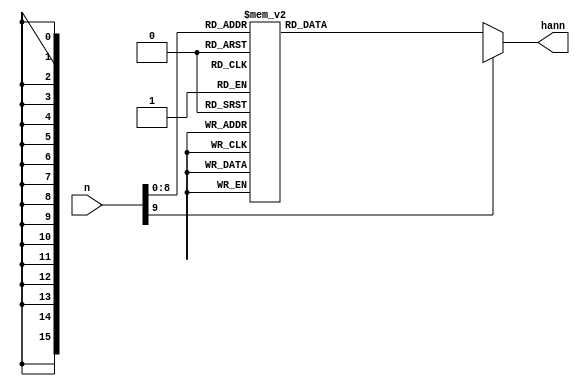
module HANN_LUT(n, hann);
	input [9:0] n;
		
	output reg [15:0] hann;
	
	always @ (n)
	begin
		//$display("LUT address=%d", n);
		case(n)
			10'd0  : hann = {16'd0       }; //i=0  n=1024 hann=    2.298488e-01
			10'd1  : hann = {16'd0       }; //i=1  n=1024 hann=    2.272723e-01
			10'd2  : hann = {16'd1       }; //i=2  n=1024 hann=    2.247061e-01
			10'd3  : hann = {16'd3       }; //i=3  n=1024 hann=    2.221503e-01
			10'd4  : hann = {16'd5       }; //i=4  n=1024 hann=    2.196048e-01
			10'd5  : hann = {16'd8       }; //i=5  n=1024 hann=    2.170700e-01
			10'd6  : hann = {16'd11      }; //i=6  n=1024 hann=    2.145458e-01
			10'd7  : hann = {16'd15      }; //i=7  n=1024 hann=    2.120324e-01
			10'd8  : hann = {16'd20      }; //i=8  n=1024 hann=    2.095297e-01
			10'd9  : hann = {16'd25      }; //i=9  n=1024 hann=    2.070381e-01
			10'd10 : hann = {16'd31      }; //i=10 n=1024 hann=    2.045574e-01
			10'd11 : hann = {16'd37      }; //i=11 n=1024 hann=    2.020879e-01
			10'd12 : hann = {16'd44      }; //i=12 n=1024 hann=    1.996296e-01
			10'd13 : hann = {16'd52      }; //i=13 n=1024 hann=    1.971826e-01
			10'd14 : hann = {16'd61      }; //i=14 n=1024 hann=    1.947470e-01
			10'd15 : hann = {16'd69      }; //i=15 n=1024 hann=    1.923229e-01
			10'd16 : hann = {16'd79      }; //i=16 n=1024 hann=    1.899104e-01
			10'd17 : hann = {16'd89      }; //i=17 n=1024 hann=    1.875096e-01
			10'd18 : hann = {16'd100     }; //i=18 n=1024 hann=    1.851205e-01
			10'd19 : hann = {16'd111     }; //i=19 n=1024 hann=    1.827433e-01
			10'd20 : hann = {16'd123     }; //i=20 n=1024 hann=    1.803780e-01
			10'd21 : hann = {16'd136     }; //i=21 n=1024 hann=    1.780248e-01
			10'd22 : hann = {16'd149     }; //i=22 n=1024 hann=    1.756836e-01
			10'd23 : hann = {16'd163     }; //i=23 n=1024 hann=    1.733547e-01
			10'd24 : hann = {16'd178     }; //i=24 n=1024 hann=    1.710381e-01
			10'd25 : hann = {16'd193     }; //i=25 n=1024 hann=    1.687339e-01
			10'd26 : hann = {16'd208     }; //i=26 n=1024 hann=    1.664421e-01
			10'd27 : hann = {16'd225     }; //i=27 n=1024 hann=    1.641629e-01
			10'd28 : hann = {16'd242     }; //i=28 n=1024 hann=    1.618964e-01
			10'd29 : hann = {16'd259     }; //i=29 n=1024 hann=    1.596426e-01
			10'd30 : hann = {16'd277     }; //i=30 n=1024 hann=    1.574015e-01
			10'd31 : hann = {16'd296     }; //i=31 n=1024 hann=    1.551734e-01
			10'd32 : hann = {16'd315     }; //i=32 n=1024 hann=    1.529583e-01
			10'd33 : hann = {16'd335     }; //i=33 n=1024 hann=    1.507562e-01
			10'd34 : hann = {16'd356     }; //i=34 n=1024 hann=    1.485673e-01
			10'd35 : hann = {16'd377     }; //i=35 n=1024 hann=    1.463916e-01
			10'd36 : hann = {16'd399     }; //i=36 n=1024 hann=    1.442293e-01
			10'd37 : hann = {16'd421     }; //i=37 n=1024 hann=    1.420803e-01
			10'd38 : hann = {16'd444     }; //i=38 n=1024 hann=    1.399448e-01
			10'd39 : hann = {16'd468     }; //i=39 n=1024 hann=    1.378229e-01
			10'd40 : hann = {16'd492     }; //i=40 n=1024 hann=    1.357146e-01
			10'd41 : hann = {16'd517     }; //i=41 n=1024 hann=    1.336200e-01
			10'd42 : hann = {16'd542     }; //i=42 n=1024 hann=    1.315392e-01
			10'd43 : hann = {16'd568     }; //i=43 n=1024 hann=    1.294722e-01
			10'd44 : hann = {16'd595     }; //i=44 n=1024 hann=    1.274193e-01
			10'd45 : hann = {16'd622     }; //i=45 n=1024 hann=    1.253803e-01
			10'd46 : hann = {16'd650     }; //i=46 n=1024 hann=    1.233555e-01
			10'd47 : hann = {16'd678     }; //i=47 n=1024 hann=    1.213448e-01
			10'd48 : hann = {16'd707     }; //i=48 n=1024 hann=    1.193484e-01
			10'd49 : hann = {16'd736     }; //i=49 n=1024 hann=    1.173663e-01
			10'd50 : hann = {16'd766     }; //i=50 n=1024 hann=    1.153987e-01
			10'd51 : hann = {16'd797     }; //i=51 n=1024 hann=    1.134455e-01
			10'd52 : hann = {16'd829     }; //i=52 n=1024 hann=    1.115068e-01
			10'd53 : hann = {16'd860     }; //i=53 n=1024 hann=    1.095828e-01
			10'd54 : hann = {16'd893     }; //i=54 n=1024 hann=    1.076735e-01
			10'd55 : hann = {16'd926     }; //i=55 n=1024 hann=    1.057790e-01
			10'd56 : hann = {16'd960     }; //i=56 n=1024 hann=    1.038993e-01
			10'd57 : hann = {16'd994     }; //i=57 n=1024 hann=    1.020345e-01
			10'd58 : hann = {16'd1029    }; //i=58 n=1024 hann=    1.001847e-01
			10'd59 : hann = {16'd1064    }; //i=59 n=1024 hann=    9.834993e-02
			10'd60 : hann = {16'd1100    }; //i=60 n=1024 hann=    9.653030e-02
			10'd61 : hann = {16'd1136    }; //i=61 n=1024 hann=    9.472587e-02
			10'd62 : hann = {16'd1174    }; //i=62 n=1024 hann=    9.293669e-02
			10'd63 : hann = {16'd1211    }; //i=63 n=1024 hann=    9.116284e-02
			10'd64 : hann = {16'd1250    }; //i=64 n=1024 hann=    8.940438e-02
			10'd65 : hann = {16'd1288    }; //i=65 n=1024 hann=    8.766138e-02
			10'd66 : hann = {16'd1328    }; //i=66 n=1024 hann=    8.593390e-02
			10'd67 : hann = {16'd1368    }; //i=67 n=1024 hann=    8.422201e-02
			10'd68 : hann = {16'd1408    }; //i=68 n=1024 hann=    8.252578e-02
			10'd69 : hann = {16'd1449    }; //i=69 n=1024 hann=    8.084526e-02
			10'd70 : hann = {16'd1491    }; //i=70 n=1024 hann=    7.918053e-02
			10'd71 : hann = {16'd1533    }; //i=71 n=1024 hann=    7.753163e-02
			10'd72 : hann = {16'd1576    }; //i=72 n=1024 hann=    7.589865e-02
			10'd73 : hann = {16'd1619    }; //i=73 n=1024 hann=    7.428163e-02
			10'd74 : hann = {16'd1663    }; //i=74 n=1024 hann=    7.268064e-02
			10'd75 : hann = {16'd1708    }; //i=75 n=1024 hann=    7.109574e-02
			10'd76 : hann = {16'd1753    }; //i=76 n=1024 hann=    6.952698e-02
			10'd77 : hann = {16'd1798    }; //i=77 n=1024 hann=    6.797443e-02
			10'd78 : hann = {16'd1844    }; //i=78 n=1024 hann=    6.643815e-02
			10'd79 : hann = {16'd1891    }; //i=79 n=1024 hann=    6.491819e-02
			10'd80 : hann = {16'd1938    }; //i=80 n=1024 hann=    6.341462e-02
			10'd81 : hann = {16'd1986    }; //i=81 n=1024 hann=    6.192747e-02
			10'd82 : hann = {16'd2034    }; //i=82 n=1024 hann=    6.045683e-02
			10'd83 : hann = {16'd2083    }; //i=83 n=1024 hann=    5.900273e-02
			10'd84 : hann = {16'd2133    }; //i=84 n=1024 hann=    5.756523e-02
			10'd85 : hann = {16'd2182    }; //i=85 n=1024 hann=    5.614439e-02
			10'd86 : hann = {16'd2233    }; //i=86 n=1024 hann=    5.474027e-02
			10'd87 : hann = {16'd2284    }; //i=87 n=1024 hann=    5.335290e-02
			10'd88 : hann = {16'd2335    }; //i=88 n=1024 hann=    5.198236e-02
			10'd89 : hann = {16'd2387    }; //i=89 n=1024 hann=    5.062868e-02
			10'd90 : hann = {16'd2440    }; //i=90 n=1024 hann=    4.929191e-02
			10'd91 : hann = {16'd2493    }; //i=91 n=1024 hann=    4.797212e-02
			10'd92 : hann = {16'd2547    }; //i=92 n=1024 hann=    4.666935e-02
			10'd93 : hann = {16'd2601    }; //i=93 n=1024 hann=    4.538364e-02
			10'd94 : hann = {16'd2655    }; //i=94 n=1024 hann=    4.411505e-02
			10'd95 : hann = {16'd2711    }; //i=95 n=1024 hann=    4.286363e-02
			10'd96 : hann = {16'd2766    }; //i=96 n=1024 hann=    4.162941e-02
			10'd97 : hann = {16'd2823    }; //i=97 n=1024 hann=    4.041245e-02
			10'd98 : hann = {16'd2879    }; //i=98 n=1024 hann=    3.921280e-02
			10'd99 : hann = {16'd2937    }; //i=99 n=1024 hann=    3.803049e-02
			10'd100: hann = {16'd2994    }; //i=100 n=1024 hann=    3.686558e-02
			10'd101: hann = {16'd3053    }; //i=101 n=1024 hann=    3.571810e-02
			10'd102: hann = {16'd3111    }; //i=102 n=1024 hann=    3.458810e-02
			10'd103: hann = {16'd3170    }; //i=103 n=1024 hann=    3.347563e-02
			10'd104: hann = {16'd3230    }; //i=104 n=1024 hann=    3.238072e-02
			10'd105: hann = {16'd3290    }; //i=105 n=1024 hann=    3.130341e-02
			10'd106: hann = {16'd3351    }; //i=106 n=1024 hann=    3.024376e-02
			10'd107: hann = {16'd3412    }; //i=107 n=1024 hann=    2.920178e-02
			10'd108: hann = {16'd3474    }; //i=108 n=1024 hann=    2.817754e-02
			10'd109: hann = {16'd3536    }; //i=109 n=1024 hann=    2.717105e-02
			10'd110: hann = {16'd3599    }; //i=110 n=1024 hann=    2.618237e-02
			10'd111: hann = {16'd3662    }; //i=111 n=1024 hann=    2.521153e-02
			10'd112: hann = {16'd3726    }; //i=112 n=1024 hann=    2.425856e-02
			10'd113: hann = {16'd3790    }; //i=113 n=1024 hann=    2.332351e-02
			10'd114: hann = {16'd3855    }; //i=114 n=1024 hann=    2.240640e-02
			10'd115: hann = {16'd3920    }; //i=115 n=1024 hann=    2.150727e-02
			10'd116: hann = {16'd3985    }; //i=116 n=1024 hann=    2.062616e-02
			10'd117: hann = {16'd4051    }; //i=117 n=1024 hann=    1.976309e-02
			10'd118: hann = {16'd4118    }; //i=118 n=1024 hann=    1.891811e-02
			10'd119: hann = {16'd4185    }; //i=119 n=1024 hann=    1.809124e-02
			10'd120: hann = {16'd4252    }; //i=120 n=1024 hann=    1.728251e-02
			10'd121: hann = {16'd4320    }; //i=121 n=1024 hann=    1.649196e-02
			10'd122: hann = {16'd4388    }; //i=122 n=1024 hann=    1.571961e-02
			10'd123: hann = {16'd4457    }; //i=123 n=1024 hann=    1.496549e-02
			10'd124: hann = {16'd4526    }; //i=124 n=1024 hann=    1.422963e-02
			10'd125: hann = {16'd4596    }; //i=125 n=1024 hann=    1.351207e-02
			10'd126: hann = {16'd4666    }; //i=126 n=1024 hann=    1.281282e-02
			10'd127: hann = {16'd4737    }; //i=127 n=1024 hann=    1.213191e-02
			10'd128: hann = {16'd4808    }; //i=128 n=1024 hann=    1.146937e-02
			10'd129: hann = {16'd4879    }; //i=129 n=1024 hann=    1.082522e-02
			10'd130: hann = {16'd4951    }; //i=130 n=1024 hann=    1.019949e-02
			10'd131: hann = {16'd5023    }; //i=131 n=1024 hann=    9.592200e-03
			10'd132: hann = {16'd5096    }; //i=132 n=1024 hann=    9.003374e-03
			10'd133: hann = {16'd5169    }; //i=133 n=1024 hann=    8.433033e-03
			10'd134: hann = {16'd5243    }; //i=134 n=1024 hann=    7.881200e-03
			10'd135: hann = {16'd5317    }; //i=135 n=1024 hann=    7.347895e-03
			10'd136: hann = {16'd5391    }; //i=136 n=1024 hann=    6.833138e-03
			10'd137: hann = {16'd5466    }; //i=137 n=1024 hann=    6.336948e-03
			10'd138: hann = {16'd5541    }; //i=138 n=1024 hann=    5.859344e-03
			10'd139: hann = {16'd5617    }; //i=139 n=1024 hann=    5.400345e-03
			10'd140: hann = {16'd5693    }; //i=140 n=1024 hann=    4.959967e-03
			10'd141: hann = {16'd5769    }; //i=141 n=1024 hann=    4.538226e-03
			10'd142: hann = {16'd5846    }; //i=142 n=1024 hann=    4.135140e-03
			10'd143: hann = {16'd5923    }; //i=143 n=1024 hann=    3.750723e-03
			10'd144: hann = {16'd6001    }; //i=144 n=1024 hann=    3.384989e-03
			10'd145: hann = {16'd6079    }; //i=145 n=1024 hann=    3.037953e-03
			10'd146: hann = {16'd6157    }; //i=146 n=1024 hann=    2.709627e-03
			10'd147: hann = {16'd6236    }; //i=147 n=1024 hann=    2.400023e-03
			10'd148: hann = {16'd6315    }; //i=148 n=1024 hann=    2.109154e-03
			10'd149: hann = {16'd6395    }; //i=149 n=1024 hann=    1.837030e-03
			10'd150: hann = {16'd6475    }; //i=150 n=1024 hann=    1.583662e-03
			10'd151: hann = {16'd6555    }; //i=151 n=1024 hann=    1.349059e-03
			10'd152: hann = {16'd6636    }; //i=152 n=1024 hann=    1.133230e-03
			10'd153: hann = {16'd6717    }; //i=153 n=1024 hann=    9.361827e-04
			10'd154: hann = {16'd6798    }; //i=154 n=1024 hann=    7.579250e-04
			10'd155: hann = {16'd6880    }; //i=155 n=1024 hann=    5.984636e-04
			10'd156: hann = {16'd6962    }; //i=156 n=1024 hann=    4.578043e-04
			10'd157: hann = {16'd7045    }; //i=157 n=1024 hann=    3.359525e-04
			10'd158: hann = {16'd7128    }; //i=158 n=1024 hann=    2.329127e-04
			10'd159: hann = {16'd7211    }; //i=159 n=1024 hann=    1.486889e-04
			10'd160: hann = {16'd7294    }; //i=160 n=1024 hann=    8.328426e-05
			10'd161: hann = {16'd7378    }; //i=161 n=1024 hann=    3.670117e-05
			10'd162: hann = {16'd7463    }; //i=162 n=1024 hann=    8.941417e-06
			10'd163: hann = {16'd7547    }; //i=163 n=1024 hann=    6.043018e-09
			10'd164: hann = {16'd7632    }; //i=164 n=1024 hann=    9.895386e-06
			10'd165: hann = {16'd7717    }; //i=165 n=1024 hann=    3.860907e-05
			10'd166: hann = {16'd7803    }; //i=166 n=1024 hann=    8.614603e-05
			10'd167: hann = {16'd7889    }; //i=167 n=1024 hann=    1.525045e-04
			10'd168: hann = {16'd7975    }; //i=168 n=1024 hann=    2.376819e-04
			10'd169: hann = {16'd8061    }; //i=169 n=1024 hann=    3.416750e-04
			10'd170: hann = {16'd8148    }; //i=170 n=1024 hann=    4.644800e-04
			10'd171: hann = {16'd8235    }; //i=171 n=1024 hann=    6.060923e-04
			10'd172: hann = {16'd8323    }; //i=172 n=1024 hann=    7.665065e-04
			10'd173: hann = {16'd8411    }; //i=173 n=1024 hann=    9.457165e-04
			10'd174: hann = {16'd8499    }; //i=174 n=1024 hann=    1.143716e-03
			10'd175: hann = {16'd8587    }; //i=175 n=1024 hann=    1.360496e-03
			10'd176: hann = {16'd8676    }; //i=176 n=1024 hann=    1.596051e-03
			10'd177: hann = {16'd8765    }; //i=177 n=1024 hann=    1.850370e-03
			10'd178: hann = {16'd8854    }; //i=178 n=1024 hann=    2.123443e-03
			10'd179: hann = {16'd8943    }; //i=179 n=1024 hann=    2.415262e-03
			10'd180: hann = {16'd9033    }; //i=180 n=1024 hann=    2.725815e-03
			10'd181: hann = {16'd9123    }; //i=181 n=1024 hann=    3.055089e-03
			10'd182: hann = {16'd9214    }; //i=182 n=1024 hann=    3.403074e-03
			10'd183: hann = {16'd9304    }; //i=183 n=1024 hann=    3.769755e-03
			10'd184: hann = {16'd9395    }; //i=184 n=1024 hann=    4.155118e-03
			10'd185: hann = {16'd9486    }; //i=185 n=1024 hann=    4.559150e-03
			10'd186: hann = {16'd9578    }; //i=186 n=1024 hann=    4.981835e-03
			10'd187: hann = {16'd9669    }; //i=187 n=1024 hann=    5.423157e-03
			10'd188: hann = {16'd9761    }; //i=188 n=1024 hann=    5.883100e-03
			10'd189: hann = {16'd9853    }; //i=189 n=1024 hann=    6.361646e-03
			10'd190: hann = {16'd9946    }; //i=190 n=1024 hann=    6.858777e-03
			10'd191: hann = {16'd10038   }; //i=191 n=1024 hann=    7.374475e-03
			10'd192: hann = {16'd10131   }; //i=192 n=1024 hann=    7.908720e-03
			10'd193: hann = {16'd10224   }; //i=193 n=1024 hann=    8.461491e-03
			10'd194: hann = {16'd10318   }; //i=194 n=1024 hann=    9.032769e-03
			10'd195: hann = {16'd10411   }; //i=195 n=1024 hann=    9.622531e-03
			10'd196: hann = {16'd10505   }; //i=196 n=1024 hann=    1.023076e-02
			10'd197: hann = {16'd10599   }; //i=197 n=1024 hann=    1.085742e-02
			10'd198: hann = {16'd10693   }; //i=198 n=1024 hann=    1.150250e-02
			10'd199: hann = {16'd10788   }; //i=199 n=1024 hann=    1.216597e-02
			10'd200: hann = {16'd10883   }; //i=200 n=1024 hann=    1.284781e-02
			10'd201: hann = {16'd10977   }; //i=201 n=1024 hann=    1.354799e-02
			10'd202: hann = {16'd11073   }; //i=202 n=1024 hann=    1.426649e-02
			10'd203: hann = {16'd11168   }; //i=203 n=1024 hann=    1.500327e-02
			10'd204: hann = {16'd11263   }; //i=204 n=1024 hann=    1.575831e-02
			10'd205: hann = {16'd11359   }; //i=205 n=1024 hann=    1.653158e-02
			10'd206: hann = {16'd11455   }; //i=206 n=1024 hann=    1.732306e-02
			10'd207: hann = {16'd11551   }; //i=207 n=1024 hann=    1.813271e-02
			10'd208: hann = {16'd11647   }; //i=208 n=1024 hann=    1.896050e-02
			10'd209: hann = {16'd11744   }; //i=209 n=1024 hann=    1.980640e-02
			10'd210: hann = {16'd11840   }; //i=210 n=1024 hann=    2.067038e-02
			10'd211: hann = {16'd11937   }; //i=211 n=1024 hann=    2.155240e-02
			10'd212: hann = {16'd12034   }; //i=212 n=1024 hann=    2.245244e-02
			10'd213: hann = {16'd12131   }; //i=213 n=1024 hann=    2.337046e-02
			10'd214: hann = {16'd12228   }; //i=214 n=1024 hann=    2.430643e-02
			10'd215: hann = {16'd12326   }; //i=215 n=1024 hann=    2.526030e-02
			10'd216: hann = {16'd12423   }; //i=216 n=1024 hann=    2.623205e-02
			10'd217: hann = {16'd12521   }; //i=217 n=1024 hann=    2.722163e-02
			10'd218: hann = {16'd12619   }; //i=218 n=1024 hann=    2.822902e-02
			10'd219: hann = {16'd12717   }; //i=219 n=1024 hann=    2.925416e-02
			10'd220: hann = {16'd12815   }; //i=220 n=1024 hann=    3.029703e-02
			10'd221: hann = {16'd12913   }; //i=221 n=1024 hann=    3.135758e-02
			10'd222: hann = {16'd13012   }; //i=222 n=1024 hann=    3.243578e-02
			10'd223: hann = {16'd13110   }; //i=223 n=1024 hann=    3.353158e-02
			10'd224: hann = {16'd13209   }; //i=224 n=1024 hann=    3.464495e-02
			10'd225: hann = {16'd13308   }; //i=225 n=1024 hann=    3.577583e-02
			10'd226: hann = {16'd13407   }; //i=226 n=1024 hann=    3.692419e-02
			10'd227: hann = {16'd13506   }; //i=227 n=1024 hann=    3.808999e-02
			10'd228: hann = {16'd13605   }; //i=228 n=1024 hann=    3.927317e-02
			10'd229: hann = {16'd13704   }; //i=229 n=1024 hann=    4.047371e-02
			10'd230: hann = {16'd13803   }; //i=230 n=1024 hann=    4.169154e-02
			10'd231: hann = {16'd13903   }; //i=231 n=1024 hann=    4.292663e-02
			10'd232: hann = {16'd14002   }; //i=232 n=1024 hann=    4.417893e-02
			10'd233: hann = {16'd14102   }; //i=233 n=1024 hann=    4.544839e-02
			10'd234: hann = {16'd14201   }; //i=234 n=1024 hann=    4.673496e-02
			10'd235: hann = {16'd14301   }; //i=235 n=1024 hann=    4.803860e-02
			10'd236: hann = {16'd14401   }; //i=236 n=1024 hann=    4.935925e-02
			10'd237: hann = {16'd14501   }; //i=237 n=1024 hann=    5.069687e-02
			10'd238: hann = {16'd14601   }; //i=238 n=1024 hann=    5.205141e-02
			10'd239: hann = {16'd14701   }; //i=239 n=1024 hann=    5.342281e-02
			10'd240: hann = {16'd14801   }; //i=240 n=1024 hann=    5.481102e-02
			10'd241: hann = {16'd14901   }; //i=241 n=1024 hann=    5.621600e-02
			10'd242: hann = {16'd15002   }; //i=242 n=1024 hann=    5.763768e-02
			10'd243: hann = {16'd15102   }; //i=243 n=1024 hann=    5.907602e-02
			10'd244: hann = {16'd15202   }; //i=244 n=1024 hann=    6.053096e-02
			10'd245: hann = {16'd15303   }; //i=245 n=1024 hann=    6.200244e-02
			10'd246: hann = {16'd15403   }; //i=246 n=1024 hann=    6.349042e-02
			10'd247: hann = {16'd15503   }; //i=247 n=1024 hann=    6.499483e-02
			10'd248: hann = {16'd15604   }; //i=248 n=1024 hann=    6.651561e-02
			10'd249: hann = {16'd15704   }; //i=249 n=1024 hann=    6.805272e-02
			10'd250: hann = {16'd15805   }; //i=250 n=1024 hann=    6.960609e-02
			10'd251: hann = {16'd15906   }; //i=251 n=1024 hann=    7.117566e-02
			10'd252: hann = {16'd16006   }; //i=252 n=1024 hann=    7.276138e-02
			10'd253: hann = {16'd16107   }; //i=253 n=1024 hann=    7.436319e-02
			10'd254: hann = {16'd16207   }; //i=254 n=1024 hann=    7.598102e-02
			10'd255: hann = {16'd16308   }; //i=255 n=1024 hann=    7.761481e-02
			10'd256: hann = {16'd16409   }; //i=256 n=1024 hann=    7.926451e-02
			10'd257: hann = {16'd16509   }; //i=257 n=1024 hann=    8.093004e-02
			10'd258: hann = {16'd16610   }; //i=258 n=1024 hann=    8.261136e-02
			10'd259: hann = {16'd16711   }; //i=259 n=1024 hann=    8.430839e-02
			10'd260: hann = {16'd16811   }; //i=260 n=1024 hann=    8.602107e-02
			10'd261: hann = {16'd16912   }; //i=261 n=1024 hann=    8.774933e-02
			10'd262: hann = {16'd17012   }; //i=262 n=1024 hann=    8.949312e-02
			10'd263: hann = {16'd17113   }; //i=263 n=1024 hann=    9.125236e-02
			10'd264: hann = {16'd17213   }; //i=264 n=1024 hann=    9.302699e-02
			10'd265: hann = {16'd17314   }; //i=265 n=1024 hann=    9.481694e-02
			10'd266: hann = {16'd17414   }; //i=266 n=1024 hann=    9.662215e-02
			10'd267: hann = {16'd17515   }; //i=267 n=1024 hann=    9.844255e-02
			10'd268: hann = {16'd17615   }; //i=268 n=1024 hann=    1.002781e-01
			10'd269: hann = {16'd17715   }; //i=269 n=1024 hann=    1.021286e-01
			10'd270: hann = {16'd17816   }; //i=270 n=1024 hann=    1.039942e-01
			10'd271: hann = {16'd17916   }; //i=271 n=1024 hann=    1.058746e-01
			10'd272: hann = {16'd18016   }; //i=272 n=1024 hann=    1.077699e-01
			10'd273: hann = {16'd18116   }; //i=273 n=1024 hann=    1.096800e-01
			10'd274: hann = {16'd18216   }; //i=274 n=1024 hann=    1.116047e-01
			10'd275: hann = {16'd18316   }; //i=275 n=1024 hann=    1.135441e-01
			10'd276: hann = {16'd18416   }; //i=276 n=1024 hann=    1.154980e-01
			10'd277: hann = {16'd18516   }; //i=277 n=1024 hann=    1.174664e-01
			10'd278: hann = {16'd18615   }; //i=278 n=1024 hann=    1.194492e-01
			10'd279: hann = {16'd18715   }; //i=279 n=1024 hann=    1.214464e-01
			10'd280: hann = {16'd18815   }; //i=280 n=1024 hann=    1.234577e-01
			10'd281: hann = {16'd18914   }; //i=281 n=1024 hann=    1.254833e-01
			10'd282: hann = {16'd19014   }; //i=282 n=1024 hann=    1.275230e-01
			10'd283: hann = {16'd19113   }; //i=283 n=1024 hann=    1.295766e-01
			10'd284: hann = {16'd19212   }; //i=284 n=1024 hann=    1.316443e-01
			10'd285: hann = {16'd19311   }; //i=285 n=1024 hann=    1.337258e-01
			10'd286: hann = {16'd19410   }; //i=286 n=1024 hann=    1.358211e-01
			10'd287: hann = {16'd19509   }; //i=287 n=1024 hann=    1.379301e-01
			10'd288: hann = {16'd19608   }; //i=288 n=1024 hann=    1.400527e-01
			10'd289: hann = {16'd19706   }; //i=289 n=1024 hann=    1.421889e-01
			10'd290: hann = {16'd19805   }; //i=290 n=1024 hann=    1.443385e-01
			10'd291: hann = {16'd19903   }; //i=291 n=1024 hann=    1.465016e-01
			10'd292: hann = {16'd20001   }; //i=292 n=1024 hann=    1.486779e-01
			10'd293: hann = {16'd20099   }; //i=293 n=1024 hann=    1.508675e-01
			10'd294: hann = {16'd20197   }; //i=294 n=1024 hann=    1.530702e-01
			10'd295: hann = {16'd20295   }; //i=295 n=1024 hann=    1.552860e-01
			10'd296: hann = {16'd20393   }; //i=296 n=1024 hann=    1.575148e-01
			10'd297: hann = {16'd20490   }; //i=297 n=1024 hann=    1.597565e-01
			10'd298: hann = {16'd20587   }; //i=298 n=1024 hann=    1.620109e-01
			10'd299: hann = {16'd20685   }; //i=299 n=1024 hann=    1.642781e-01
			10'd300: hann = {16'd20782   }; //i=300 n=1024 hann=    1.665580e-01
			10'd301: hann = {16'd20878   }; //i=301 n=1024 hann=    1.688504e-01
			10'd302: hann = {16'd20975   }; //i=302 n=1024 hann=    1.711552e-01
			10'd303: hann = {16'd21072   }; //i=303 n=1024 hann=    1.734724e-01
			10'd304: hann = {16'd21168   }; //i=304 n=1024 hann=    1.758020e-01
			10'd305: hann = {16'd21264   }; //i=305 n=1024 hann=    1.781437e-01
			10'd306: hann = {16'd21360   }; //i=306 n=1024 hann=    1.804976e-01
			10'd307: hann = {16'd21456   }; //i=307 n=1024 hann=    1.828635e-01
			10'd308: hann = {16'd21551   }; //i=308 n=1024 hann=    1.852413e-01
			10'd309: hann = {16'd21647   }; //i=309 n=1024 hann=    1.876310e-01
			10'd310: hann = {16'd21742   }; //i=310 n=1024 hann=    1.900324e-01
			10'd311: hann = {16'd21837   }; //i=311 n=1024 hann=    1.924455e-01
			10'd312: hann = {16'd21932   }; //i=312 n=1024 hann=    1.948702e-01
			10'd313: hann = {16'd22026   }; //i=313 n=1024 hann=    1.973063e-01
			10'd314: hann = {16'd22121   }; //i=314 n=1024 hann=    1.997539e-01
			10'd315: hann = {16'd22215   }; //i=315 n=1024 hann=    2.022128e-01
			10'd316: hann = {16'd22309   }; //i=316 n=1024 hann=    2.046829e-01
			10'd317: hann = {16'd22403   }; //i=317 n=1024 hann=    2.071641e-01
			10'd318: hann = {16'd22496   }; //i=318 n=1024 hann=    2.096563e-01
			10'd319: hann = {16'd22589   }; //i=319 n=1024 hann=    2.121595e-01
			10'd320: hann = {16'd22682   }; //i=320 n=1024 hann=    2.146735e-01
			10'd321: hann = {16'd22775   }; //i=321 n=1024 hann=    2.171982e-01
			10'd322: hann = {16'd22868   }; //i=322 n=1024 hann=    2.197336e-01
			10'd323: hann = {16'd22960   }; //i=323 n=1024 hann=    2.222795e-01
			10'd324: hann = {16'd23052   }; //i=324 n=1024 hann=    2.248359e-01
			10'd325: hann = {16'd23144   }; //i=325 n=1024 hann=    2.274027e-01
			10'd326: hann = {16'd23235   }; //i=326 n=1024 hann=    2.299797e-01
			10'd327: hann = {16'd23326   }; //i=327 n=1024 hann=    2.325669e-01
			10'd328: hann = {16'd23417   }; //i=328 n=1024 hann=    2.351641e-01
			10'd329: hann = {16'd23508   }; //i=329 n=1024 hann=    2.377713e-01
			10'd330: hann = {16'd23599   }; //i=330 n=1024 hann=    2.403884e-01
			10'd331: hann = {16'd23689   }; //i=331 n=1024 hann=    2.430153e-01
			10'd332: hann = {16'd23779   }; //i=332 n=1024 hann=    2.456519e-01
			10'd333: hann = {16'd23868   }; //i=333 n=1024 hann=    2.482980e-01
			10'd334: hann = {16'd23958   }; //i=334 n=1024 hann=    2.509536e-01
			10'd335: hann = {16'd24047   }; //i=335 n=1024 hann=    2.536185e-01
			10'd336: hann = {16'd24136   }; //i=336 n=1024 hann=    2.562928e-01
			10'd337: hann = {16'd24224   }; //i=337 n=1024 hann=    2.589762e-01
			10'd338: hann = {16'd24312   }; //i=338 n=1024 hann=    2.616687e-01
			10'd339: hann = {16'd24400   }; //i=339 n=1024 hann=    2.643702e-01
			10'd340: hann = {16'd24488   }; //i=340 n=1024 hann=    2.670805e-01
			10'd341: hann = {16'd24575   }; //i=341 n=1024 hann=    2.697996e-01
			10'd342: hann = {16'd24662   }; //i=342 n=1024 hann=    2.725274e-01
			10'd343: hann = {16'd24749   }; //i=343 n=1024 hann=    2.752638e-01
			10'd344: hann = {16'd24835   }; //i=344 n=1024 hann=    2.780086e-01
			10'd345: hann = {16'd24921   }; //i=345 n=1024 hann=    2.807617e-01
			10'd346: hann = {16'd25007   }; //i=346 n=1024 hann=    2.835232e-01
			10'd347: hann = {16'd25092   }; //i=347 n=1024 hann=    2.862927e-01
			10'd348: hann = {16'd25178   }; //i=348 n=1024 hann=    2.890703e-01
			10'd349: hann = {16'd25262   }; //i=349 n=1024 hann=    2.918559e-01
			10'd350: hann = {16'd25347   }; //i=350 n=1024 hann=    2.946493e-01
			10'd351: hann = {16'd25431   }; //i=351 n=1024 hann=    2.974504e-01
			10'd352: hann = {16'd25514   }; //i=352 n=1024 hann=    3.002592e-01
			10'd353: hann = {16'd25598   }; //i=353 n=1024 hann=    3.030754e-01
			10'd354: hann = {16'd25681   }; //i=354 n=1024 hann=    3.058991e-01
			10'd355: hann = {16'd25764   }; //i=355 n=1024 hann=    3.087301e-01
			10'd356: hann = {16'd25846   }; //i=356 n=1024 hann=    3.115683e-01
			10'd357: hann = {16'd25928   }; //i=357 n=1024 hann=    3.144136e-01
			10'd358: hann = {16'd26009   }; //i=358 n=1024 hann=    3.172659e-01
			10'd359: hann = {16'd26091   }; //i=359 n=1024 hann=    3.201250e-01
			10'd360: hann = {16'd26172   }; //i=360 n=1024 hann=    3.229909e-01
			10'd361: hann = {16'd26252   }; //i=361 n=1024 hann=    3.258635e-01
			10'd362: hann = {16'd26332   }; //i=362 n=1024 hann=    3.287427e-01
			10'd363: hann = {16'd26412   }; //i=363 n=1024 hann=    3.316283e-01
			10'd364: hann = {16'd26491   }; //i=364 n=1024 hann=    3.345202e-01
			10'd365: hann = {16'd26570   }; //i=365 n=1024 hann=    3.374184e-01
			10'd366: hann = {16'd26649   }; //i=366 n=1024 hann=    3.403226e-01
			10'd367: hann = {16'd26727   }; //i=367 n=1024 hann=    3.432329e-01
			10'd368: hann = {16'd26805   }; //i=368 n=1024 hann=    3.461491e-01
			10'd369: hann = {16'd26882   }; //i=369 n=1024 hann=    3.490711e-01
			10'd370: hann = {16'd26960   }; //i=370 n=1024 hann=    3.519988e-01
			10'd371: hann = {16'd27036   }; //i=371 n=1024 hann=    3.549321e-01
			10'd372: hann = {16'd27112   }; //i=372 n=1024 hann=    3.578708e-01
			10'd373: hann = {16'd27188   }; //i=373 n=1024 hann=    3.608148e-01
			10'd374: hann = {16'd27264   }; //i=374 n=1024 hann=    3.637641e-01
			10'd375: hann = {16'd27339   }; //i=375 n=1024 hann=    3.667185e-01
			10'd376: hann = {16'd27413   }; //i=376 n=1024 hann=    3.696780e-01
			10'd377: hann = {16'd27488   }; //i=377 n=1024 hann=    3.726423e-01
			10'd378: hann = {16'd27561   }; //i=378 n=1024 hann=    3.756115e-01
			10'd379: hann = {16'd27635   }; //i=379 n=1024 hann=    3.785853e-01
			10'd380: hann = {16'd27708   }; //i=380 n=1024 hann=    3.815637e-01
			10'd381: hann = {16'd27780   }; //i=381 n=1024 hann=    3.845466e-01
			10'd382: hann = {16'd27852   }; //i=382 n=1024 hann=    3.875338e-01
			10'd383: hann = {16'd27924   }; //i=383 n=1024 hann=    3.905252e-01
			10'd384: hann = {16'd27995   }; //i=384 n=1024 hann=    3.935208e-01
			10'd385: hann = {16'd28066   }; //i=385 n=1024 hann=    3.965204e-01
			10'd386: hann = {16'd28136   }; //i=386 n=1024 hann=    3.995238e-01
			10'd387: hann = {16'd28206   }; //i=387 n=1024 hann=    4.025311e-01
			10'd388: hann = {16'd28275   }; //i=388 n=1024 hann=    4.055420e-01
			10'd389: hann = {16'd28344   }; //i=389 n=1024 hann=    4.085565e-01
			10'd390: hann = {16'd28413   }; //i=390 n=1024 hann=    4.115744e-01
			10'd391: hann = {16'd28481   }; //i=391 n=1024 hann=    4.145956e-01
			10'd392: hann = {16'd28549   }; //i=392 n=1024 hann=    4.176201e-01
			10'd393: hann = {16'd28616   }; //i=393 n=1024 hann=    4.206477e-01
			10'd394: hann = {16'd28683   }; //i=394 n=1024 hann=    4.236782e-01
			10'd395: hann = {16'd28749   }; //i=395 n=1024 hann=    4.267117e-01
			10'd396: hann = {16'd28815   }; //i=396 n=1024 hann=    4.297478e-01
			10'd397: hann = {16'd28880   }; //i=397 n=1024 hann=    4.327867e-01
			10'd398: hann = {16'd28945   }; //i=398 n=1024 hann=    4.358280e-01
			10'd399: hann = {16'd29009   }; //i=399 n=1024 hann=    4.388718e-01
			10'd400: hann = {16'd29073   }; //i=400 n=1024 hann=    4.419179e-01
			10'd401: hann = {16'd29136   }; //i=401 n=1024 hann=    4.449662e-01
			10'd402: hann = {16'd29199   }; //i=402 n=1024 hann=    4.480165e-01
			10'd403: hann = {16'd29262   }; //i=403 n=1024 hann=    4.510688e-01
			10'd404: hann = {16'd29324   }; //i=404 n=1024 hann=    4.541229e-01
			10'd405: hann = {16'd29385   }; //i=405 n=1024 hann=    4.571788e-01
			10'd406: hann = {16'd29446   }; //i=406 n=1024 hann=    4.602363e-01
			10'd407: hann = {16'd29507   }; //i=407 n=1024 hann=    4.632952e-01
			10'd408: hann = {16'd29567   }; //i=408 n=1024 hann=    4.663556e-01
			10'd409: hann = {16'd29626   }; //i=409 n=1024 hann=    4.694172e-01
			10'd410: hann = {16'd29685   }; //i=410 n=1024 hann=    4.724800e-01
			10'd411: hann = {16'd29744   }; //i=411 n=1024 hann=    4.755438e-01
			10'd412: hann = {16'd29802   }; //i=412 n=1024 hann=    4.786085e-01
			10'd413: hann = {16'd29859   }; //i=413 n=1024 hann=    4.816741e-01
			10'd414: hann = {16'd29916   }; //i=414 n=1024 hann=    4.847403e-01
			10'd415: hann = {16'd29973   }; //i=415 n=1024 hann=    4.878071e-01
			10'd416: hann = {16'd30029   }; //i=416 n=1024 hann=    4.908744e-01
			10'd417: hann = {16'd30084   }; //i=417 n=1024 hann=    4.939420e-01
			10'd418: hann = {16'd30139   }; //i=418 n=1024 hann=    4.970098e-01
			10'd419: hann = {16'd30193   }; //i=419 n=1024 hann=    5.000777e-01
			10'd420: hann = {16'd30247   }; //i=420 n=1024 hann=    5.031457e-01
			10'd421: hann = {16'd30301   }; //i=421 n=1024 hann=    5.062135e-01
			10'd422: hann = {16'd30353   }; //i=422 n=1024 hann=    5.092811e-01
			10'd423: hann = {16'd30406   }; //i=423 n=1024 hann=    5.123483e-01
			10'd424: hann = {16'd30457   }; //i=424 n=1024 hann=    5.154151e-01
			10'd425: hann = {16'd30509   }; //i=425 n=1024 hann=    5.184813e-01
			10'd426: hann = {16'd30559   }; //i=426 n=1024 hann=    5.215468e-01
			10'd427: hann = {16'd30610   }; //i=427 n=1024 hann=    5.246115e-01
			10'd428: hann = {16'd30659   }; //i=428 n=1024 hann=    5.276752e-01
			10'd429: hann = {16'd30708   }; //i=429 n=1024 hann=    5.307380e-01
			10'd430: hann = {16'd30757   }; //i=430 n=1024 hann=    5.337995e-01
			10'd431: hann = {16'd30805   }; //i=431 n=1024 hann=    5.368598e-01
			10'd432: hann = {16'd30852   }; //i=432 n=1024 hann=    5.399187e-01
			10'd433: hann = {16'd30899   }; //i=433 n=1024 hann=    5.429761e-01
			10'd434: hann = {16'd30946   }; //i=434 n=1024 hann=    5.460319e-01
			10'd435: hann = {16'd30992   }; //i=435 n=1024 hann=    5.490859e-01
			10'd436: hann = {16'd31037   }; //i=436 n=1024 hann=    5.521381e-01
			10'd437: hann = {16'd31082   }; //i=437 n=1024 hann=    5.551884e-01
			10'd438: hann = {16'd31126   }; //i=438 n=1024 hann=    5.582365e-01
			10'd439: hann = {16'd31169   }; //i=439 n=1024 hann=    5.612825e-01
			10'd440: hann = {16'd31212   }; //i=440 n=1024 hann=    5.643261e-01
			10'd441: hann = {16'd31255   }; //i=441 n=1024 hann=    5.673674e-01
			10'd442: hann = {16'd31297   }; //i=442 n=1024 hann=    5.704061e-01
			10'd443: hann = {16'd31338   }; //i=443 n=1024 hann=    5.734421e-01
			10'd444: hann = {16'd31379   }; //i=444 n=1024 hann=    5.764754e-01
			10'd445: hann = {16'd31419   }; //i=445 n=1024 hann=    5.795058e-01
			10'd446: hann = {16'd31459   }; //i=446 n=1024 hann=    5.825332e-01
			10'd447: hann = {16'd31498   }; //i=447 n=1024 hann=    5.855575e-01
			10'd448: hann = {16'd31537   }; //i=448 n=1024 hann=    5.885786e-01
			10'd449: hann = {16'd31575   }; //i=449 n=1024 hann=    5.915964e-01
			10'd450: hann = {16'd31612   }; //i=450 n=1024 hann=    5.946107e-01
			10'd451: hann = {16'd31649   }; //i=451 n=1024 hann=    5.976214e-01
			10'd452: hann = {16'd31685   }; //i=452 n=1024 hann=    6.006285e-01
			10'd453: hann = {16'd31721   }; //i=453 n=1024 hann=    6.036317e-01
			10'd454: hann = {16'd31756   }; //i=454 n=1024 hann=    6.066311e-01
			10'd455: hann = {16'd31790   }; //i=455 n=1024 hann=    6.096265e-01
			10'd456: hann = {16'd31824   }; //i=456 n=1024 hann=    6.126177e-01
			10'd457: hann = {16'd31858   }; //i=457 n=1024 hann=    6.156047e-01
			10'd458: hann = {16'd31890   }; //i=458 n=1024 hann=    6.185873e-01
			10'd459: hann = {16'd31923   }; //i=459 n=1024 hann=    6.215655e-01
			10'd460: hann = {16'd31954   }; //i=460 n=1024 hann=    6.245391e-01
			10'd461: hann = {16'd31985   }; //i=461 n=1024 hann=    6.275080e-01
			10'd462: hann = {16'd32016   }; //i=462 n=1024 hann=    6.304721e-01
			10'd463: hann = {16'd32045   }; //i=463 n=1024 hann=    6.334313e-01
			10'd464: hann = {16'd32075   }; //i=464 n=1024 hann=    6.363855e-01
			10'd465: hann = {16'd32103   }; //i=465 n=1024 hann=    6.393345e-01
			10'd466: hann = {16'd32131   }; //i=466 n=1024 hann=    6.422783e-01
			10'd467: hann = {16'd32159   }; //i=467 n=1024 hann=    6.452167e-01
			10'd468: hann = {16'd32186   }; //i=468 n=1024 hann=    6.481497e-01
			10'd469: hann = {16'd32212   }; //i=469 n=1024 hann=    6.510771e-01
			10'd470: hann = {16'd32238   }; //i=470 n=1024 hann=    6.539988e-01
			10'd471: hann = {16'd32263   }; //i=471 n=1024 hann=    6.569147e-01
			10'd472: hann = {16'd32287   }; //i=472 n=1024 hann=    6.598247e-01
			10'd473: hann = {16'd32311   }; //i=473 n=1024 hann=    6.627287e-01
			10'd474: hann = {16'd32334   }; //i=474 n=1024 hann=    6.656265e-01
			10'd475: hann = {16'd32357   }; //i=475 n=1024 hann=    6.685181e-01
			10'd476: hann = {16'd32379   }; //i=476 n=1024 hann=    6.714034e-01
			10'd477: hann = {16'd32401   }; //i=477 n=1024 hann=    6.742822e-01
			10'd478: hann = {16'd32421   }; //i=478 n=1024 hann=    6.771545e-01
			10'd479: hann = {16'd32442   }; //i=479 n=1024 hann=    6.800200e-01
			10'd480: hann = {16'd32461   }; //i=480 n=1024 hann=    6.828789e-01
			10'd481: hann = {16'd32480   }; //i=481 n=1024 hann=    6.857308e-01
			10'd482: hann = {16'd32499   }; //i=482 n=1024 hann=    6.885757e-01
			10'd483: hann = {16'd32517   }; //i=483 n=1024 hann=    6.914135e-01
			10'd484: hann = {16'd32534   }; //i=484 n=1024 hann=    6.942442e-01
			10'd485: hann = {16'd32550   }; //i=485 n=1024 hann=    6.970675e-01
			10'd486: hann = {16'd32566   }; //i=486 n=1024 hann=    6.998834e-01
			10'd487: hann = {16'd32582   }; //i=487 n=1024 hann=    7.026917e-01
			10'd488: hann = {16'd32597   }; //i=488 n=1024 hann=    7.054925e-01
			10'd489: hann = {16'd32611   }; //i=489 n=1024 hann=    7.082855e-01
			10'd490: hann = {16'd32624   }; //i=490 n=1024 hann=    7.110706e-01
			10'd491: hann = {16'd32637   }; //i=491 n=1024 hann=    7.138478e-01
			10'd492: hann = {16'd32650   }; //i=492 n=1024 hann=    7.166170e-01
			10'd493: hann = {16'd32661   }; //i=493 n=1024 hann=    7.193780e-01
			10'd494: hann = {16'd32672   }; //i=494 n=1024 hann=    7.221307e-01
			10'd495: hann = {16'd32683   }; //i=495 n=1024 hann=    7.248751e-01
			10'd496: hann = {16'd32693   }; //i=496 n=1024 hann=    7.276110e-01
			10'd497: hann = {16'd32702   }; //i=497 n=1024 hann=    7.303384e-01
			10'd498: hann = {16'd32711   }; //i=498 n=1024 hann=    7.330570e-01
			10'd499: hann = {16'd32719   }; //i=499 n=1024 hann=    7.357669e-01
			10'd500: hann = {16'd32726   }; //i=500 n=1024 hann=    7.384679e-01
			10'd501: hann = {16'd32733   }; //i=501 n=1024 hann=    7.411600e-01
			10'd502: hann = {16'd32739   }; //i=502 n=1024 hann=    7.438429e-01
			10'd503: hann = {16'd32745   }; //i=503 n=1024 hann=    7.465167e-01
			10'd504: hann = {16'd32750   }; //i=504 n=1024 hann=    7.491812e-01
			10'd505: hann = {16'd32754   }; //i=505 n=1024 hann=    7.518364e-01
			10'd506: hann = {16'd32758   }; //i=506 n=1024 hann=    7.544820e-01
			10'd507: hann = {16'd32761   }; //i=507 n=1024 hann=    7.571180e-01
			10'd508: hann = {16'd32763   }; //i=508 n=1024 hann=    7.597444e-01
			10'd509: hann = {16'd32765   }; //i=509 n=1024 hann=    7.623610e-01
			10'd510: hann = {16'd32766   }; //i=510 n=1024 hann=    7.649677e-01
			10'd511: hann = {16'd32767   }; //i=511 n=1024 hann=    7.675645e-01
			default: hann = 'bX;
		endcase
	end

endmodule